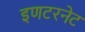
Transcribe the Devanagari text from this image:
इणटरनेट